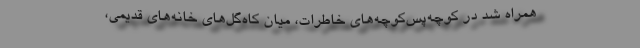
همراه شد در کوچه‌پس‌کوچه‌های خاطرات، میان کاه‌گل‌های خانه‌های قدیمی،